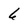
Character: 6